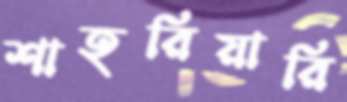
শাহরিয়ারি